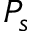
P _ { s }